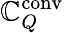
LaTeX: \mathbb{C}_{Q}^{\mathrm{{conv}}}